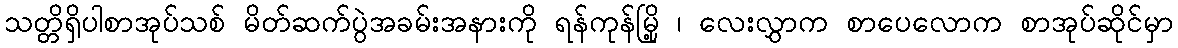
သတ္တိရှိပါစာအုပ်သစ် မိတ်ဆက်ပွဲအခမ်းအနားကို ရန်ကုန်မြို့ ၊ လေးလွှာက စာပေလောက စာအုပ်ဆိုင်မှာ